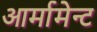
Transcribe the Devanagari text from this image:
आर्मामेन्ट